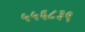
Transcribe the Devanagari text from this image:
५५६८३९